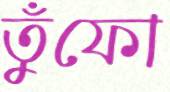
তুঁফো